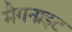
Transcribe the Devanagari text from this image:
मैगनाइट